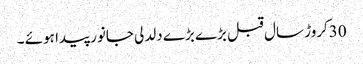
30کروڑ سال قبل بڑے بڑے دلدلی جانور پیدا ہوئے ۔